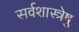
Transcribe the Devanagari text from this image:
सर्वशास्त्रेषु